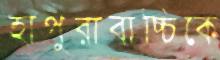
হাপুরাবাচ্চিকে